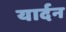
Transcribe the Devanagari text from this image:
यार्दन